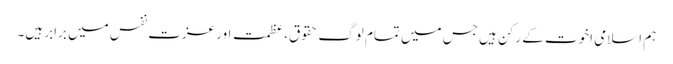
ہم اسلامی اخوت کے رکن ہیں جس میں تمام لوگ حقوق،عظمت اور عزت نفس میں برابر ہیں۔